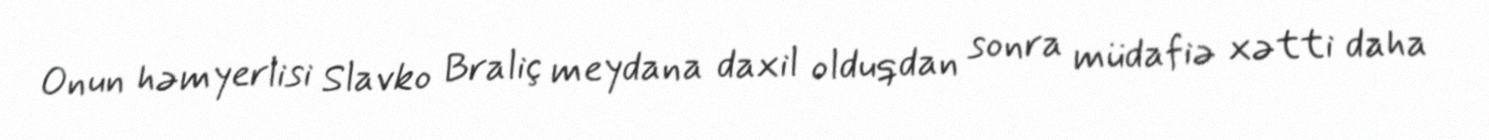
Onun həmyerlisi Slavko Braliç meydana daxil olduqdan sonra müdafiə xətti daha